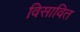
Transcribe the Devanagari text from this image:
विसावित